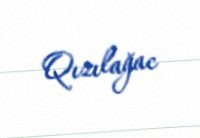
Qızılağac